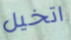
اتخيل